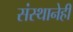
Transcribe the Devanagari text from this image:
संस्थानेही